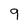
Character: q